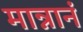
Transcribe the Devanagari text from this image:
मान्नानं